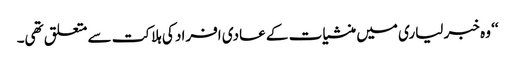
‘‘ وہ خبر لیاری میں منشیات کے عادی افراد کی ہلاکت سے متعلق تھی۔